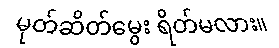
မုတ်ဆိတ်မွေး ရိတ်မလား။